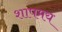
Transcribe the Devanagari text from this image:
शापमय